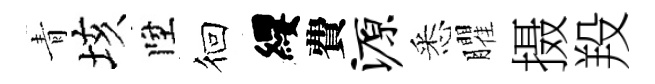
青垓陞徊纓費源悉臞摄羖